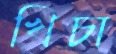
খিচা